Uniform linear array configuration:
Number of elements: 4
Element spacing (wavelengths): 0.5
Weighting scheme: cosine
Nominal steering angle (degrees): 15
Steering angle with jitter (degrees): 16.154
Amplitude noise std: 0.05
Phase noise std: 0.05

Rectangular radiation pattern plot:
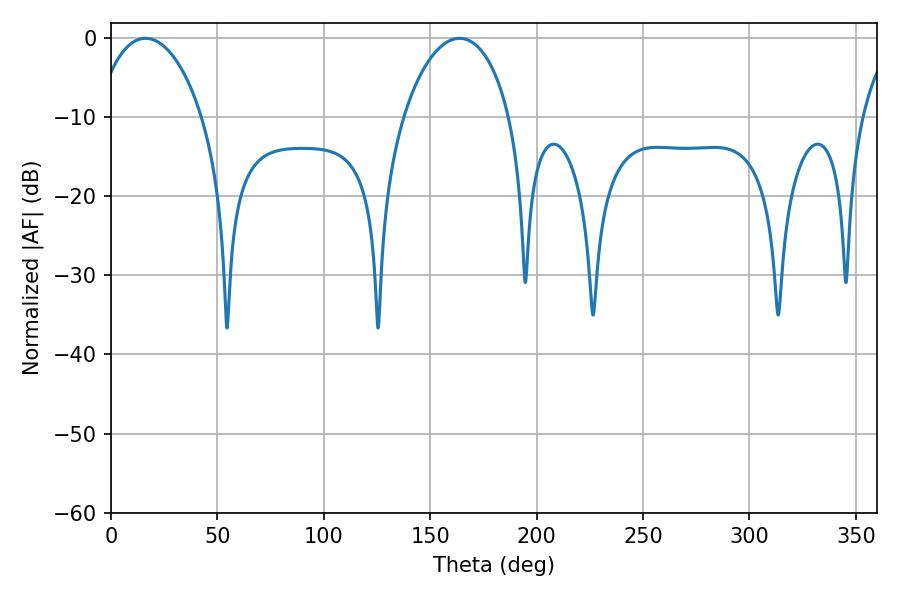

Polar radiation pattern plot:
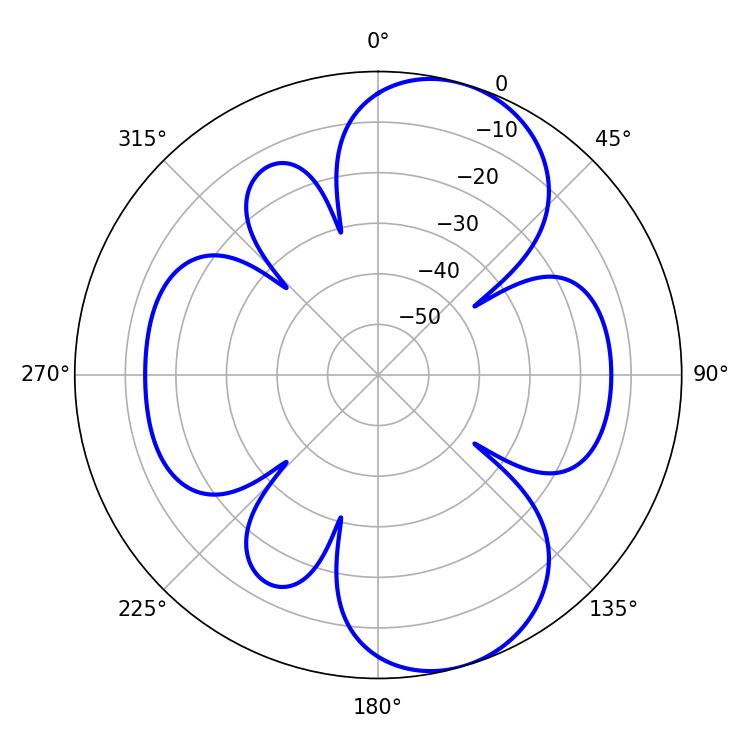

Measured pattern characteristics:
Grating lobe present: FALSE
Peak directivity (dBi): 8.578
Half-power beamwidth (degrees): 28.44
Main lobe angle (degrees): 16.2